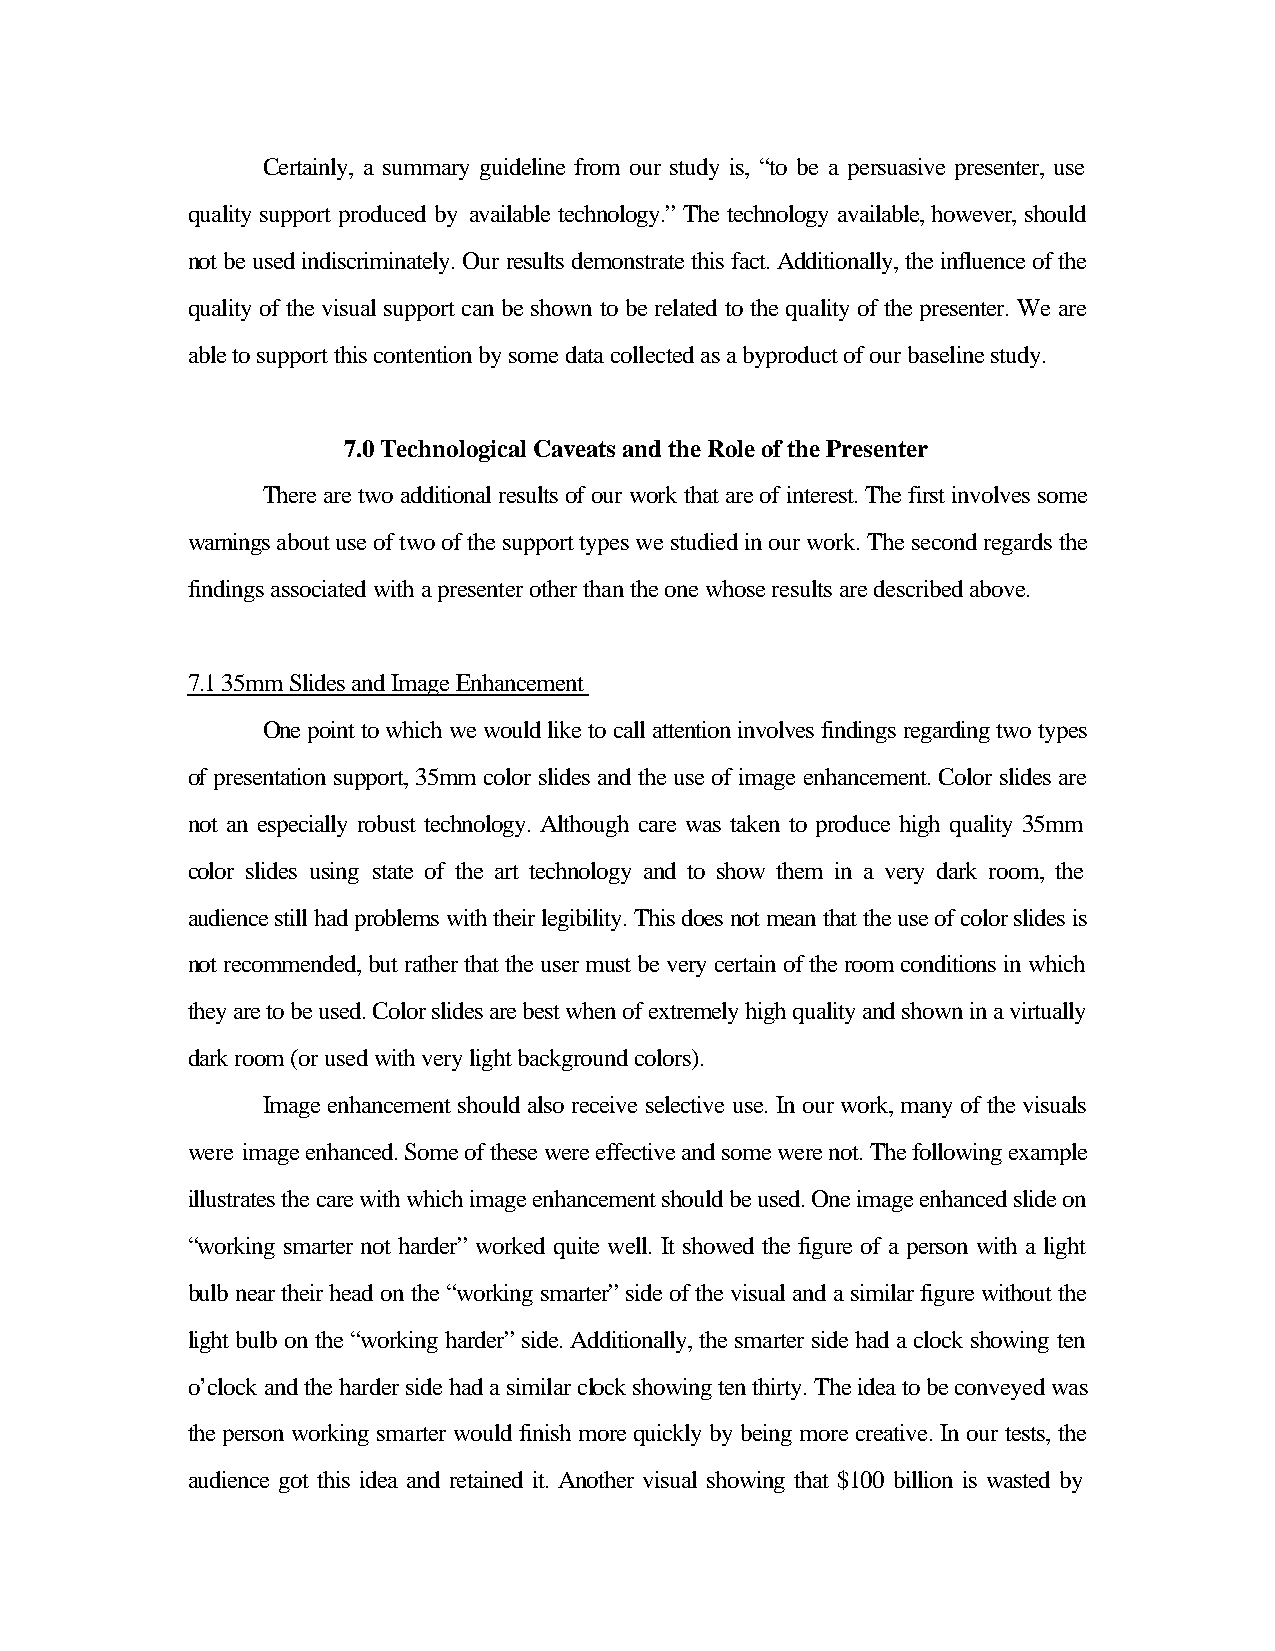
Certainly, a summary guideline from our study is, “to be a persuasive presenter, use
 quality support produced by available technology.” The technology available, however, should
 not be used indiscriminately. Our results demonstrate this fact. Additionally, the influence of the
 quality of the visual support can be shown to be related to the quality of the presenter. We are
 able to support this contention by some data collected as a byproduct of our baseline study.
 7.0 Technological Caveats and the Role of the Presenter
 There are two additional results of our work that are of interest. The first involves some
 warnings about use of two of the support types we studied in our work. The second regards the
 findings associated with a presenter other than the one whose results are described above.
 7.1 35mm Slides and Image Enhancement
 One point to which we would like to call attention involves findings regarding two types
 of presentation support, 35mm color slides and the use of image enhancement. Color slides are
 not an especially robust technology. Although care was taken to produce high quality 35mm
 color slides using state of the art technology and to show them in a very dark room, the
 audience still had problems with their legibility. This does not mean that the use of color slides is
 not recommended, but rather that the user must be very certain of the room conditions in which
 they are to be used. Color slides are best when of extremely high quality and shown in a virtually
 dark room (or used with very light background colors).
 Image enhancement should also receive selective use. In our work, many of the visuals
 were image enhanced. Some of these were effective and some were not. The following example
 illustrates the care with which image enhancement should be used. One image enhanced slide on
 “working smarter not harder” worked quite well. It showed the figure of a person with a light
 bulb near their head on the “working smarter” side of the visual and a similar figure without the
 light bulb on the “working harder” side. Additionally, the smarter side had a clock showing ten
 o’clock and the harder side had a similar clock showing ten thirty. The idea to be conveyed was
 the person working smarter would finish more quickly by being more creative. In our tests, the
 audience got this idea and retained it. Another visual showing that $100 billion is wasted by